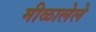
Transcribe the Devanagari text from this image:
मीळालेले